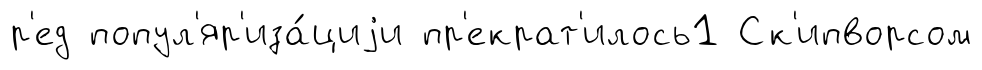
р'ед попул'яр'иза́циjи пр'екрат'илось1 Ск'ипворсом